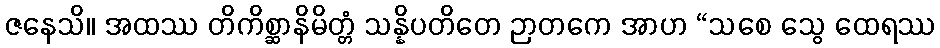
ဇနေသိ။ အထဿ တိကိစ္ဆာနိမိတ္တံ သန္နိပတိတေ ဉာတကေ အာဟ “သစေ သွေ ထေရဿ